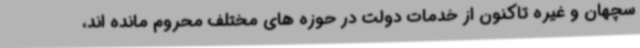
سچهان و غیره تاکنون از خدمات دولت در حوزه های مختلف محروم مانده اند،